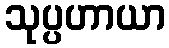
သုပ္ပဟာယာ